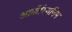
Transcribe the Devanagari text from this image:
आर्कीस्वनिम